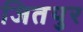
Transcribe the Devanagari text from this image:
जितपुर